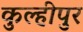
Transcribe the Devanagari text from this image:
कुल्हीपुर